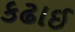
કઢાઈ